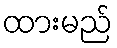
ထားမည်